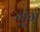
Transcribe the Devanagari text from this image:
गुंगं